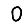
Digit: 0